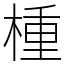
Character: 㮔